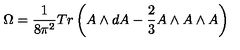
\Omega = \frac 1 { 8 \pi ^ { 2 } } T r \left( A \wedge d A - \frac 2 3 A \wedge A \wedge A \right)